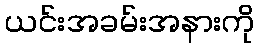
ယင်းအခမ်းအနားကို